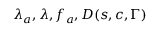
\lambda _ { a } , \lambda , f _ { a } , D ( s , c , \Gamma )